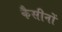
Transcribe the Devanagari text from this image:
कैसीनों